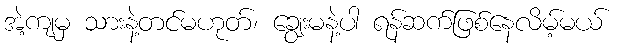
အဲ့ကျမှ သားနဲ့တင်မဟုတ်၊ ချွေးမနဲ့ပါ ရန်ဆက်ဖြစ်နေလိမ့်မယ်